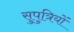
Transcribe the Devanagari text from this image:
सुपुत्रियों